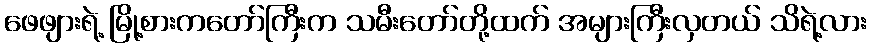
ဖေဖျားရဲ့ မြို့စားကတော်ကြီးက သမီးတော်တို့ထက် အများကြီးလှတယ် သိရဲ့လား